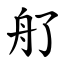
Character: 䑠